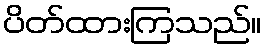
ပိတ်ထားကြသည်။